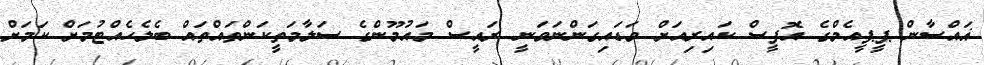
ޣައްސާން ޕީޕީއެމްގެ އޮފީސް ކައިރިއަށް ވަޑައިގަންނަވަނީ ރައީސް މައުމޫންގެ ސަލާމަތީކަންތައްތައް ބެލެހެއްޓުމަށް ކަމަށް